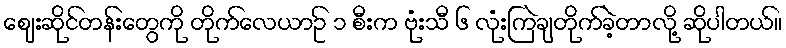
ဈေးဆိုင်တန်းတွေကို တိုက်လေယာဥ် ၁ စီးက ဗုံးသီ ၆ လုံးကြဲချတိုက်ခဲ့တာလို့ ဆိုပါတယ်။